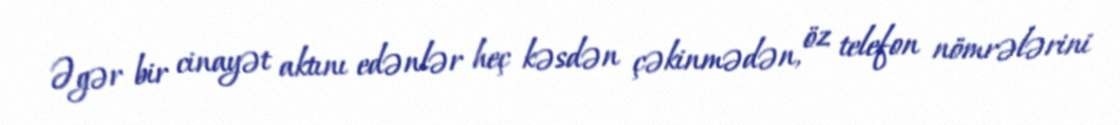
Əgər bir cinayət aktını edənlər heç kəsdən çəkinmədən, öz telefon nömrələrini